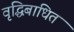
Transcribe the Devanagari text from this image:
वृद्धिबाधित